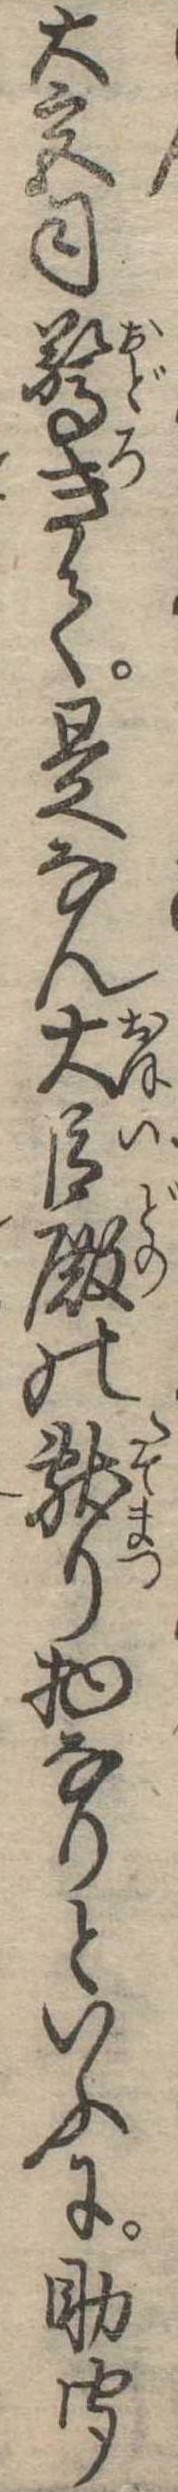
大宮司驚きて是なん大臣殿の献り物なりといふに助聞